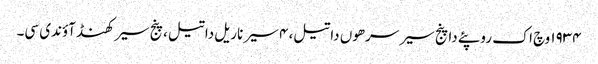
١٩٣٤ وچ اک روپئے دا پنج سیر سرھوں دا تیل، ٤ سیر ناریل دا تیل، پنج سیر کھنڈ آؤندی سی۔